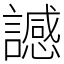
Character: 䜗